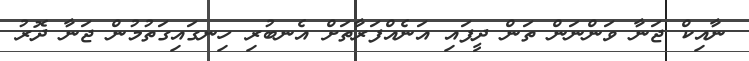
ނާއިކް ޖަނާ ވަންނަން ތަން ދީފައި އަނެއްފަރާތަށް އެނބުރި ހިނގައިގަތުމުން ޖަނާ ދޮރު